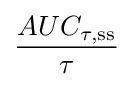
{\frac {AUC_{\tau ,{\text{ss}}}}{\tau }}